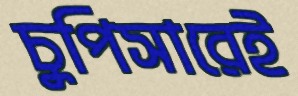
চুপিসারেই